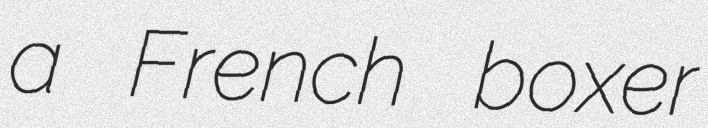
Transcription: a French boxer